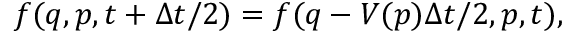
f ( q , p , t + \Delta t / 2 ) = f ( q - V ( p ) \Delta t / 2 , p , t ) ,